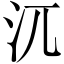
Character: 𣲍